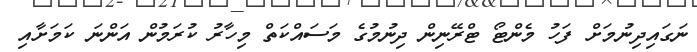
ނަގައިދިނުމަށް ފަހު މެންޓޯ ޓްރޭނިން ދިނުމުގެ މަސައްކަތް މިހާރު ކުރަމުން އަންނަ ކަމަށާއި